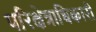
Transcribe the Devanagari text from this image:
परिक्षेत्राधिकारी